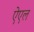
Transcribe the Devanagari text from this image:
ऐएल